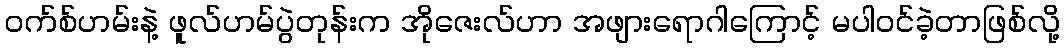
၀က်စ်ဟမ်းနဲ့ ဖူလ်ဟမ်ပွဲတုန်းက အိုဇေးလ်ဟာ အဖျားရောဂါကြောင့် မပါဝင်ခဲ့တာဖြစ်လို့